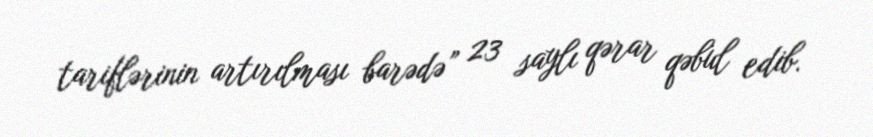
tariflərinin artırılması barədə” 23 saylı qərar qəbul edib.